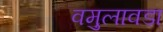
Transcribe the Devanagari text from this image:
वमुलावडा